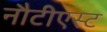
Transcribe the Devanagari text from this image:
नौटीएस्ट